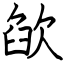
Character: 欿